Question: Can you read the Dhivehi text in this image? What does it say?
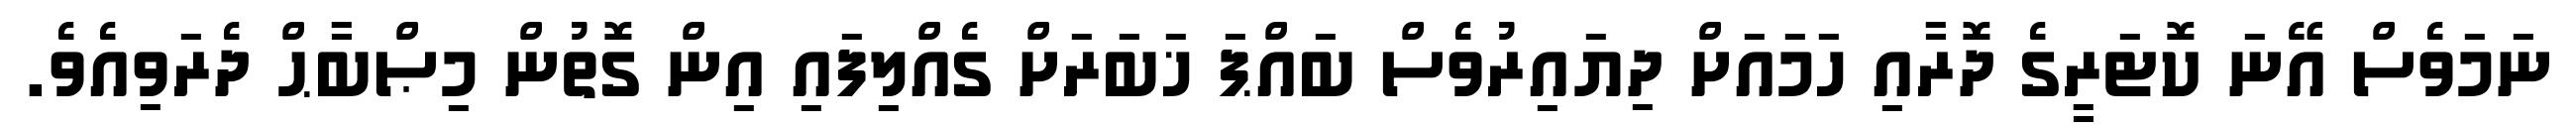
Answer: ނަމަވެސް އޭނަ ކޮޓަރީގެ ދޮރާއި ހަމައަށް ދިޔައިރުވެސް ބައްޕަ ޚަބަރަށް ގެއްލިފައި އިން ގޮތުން މިޞްބާޙް ދެރަވިއެވެ.